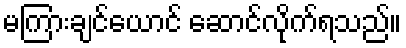
မကြားချင်ယောင် ဆောင်လိုက်ရသည်။